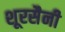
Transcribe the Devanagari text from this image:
शूरसैनी